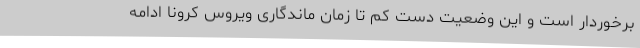
برخوردار است و این وضعیت دست کم تا زمان ماندگاری ویروس کرونا ادامه